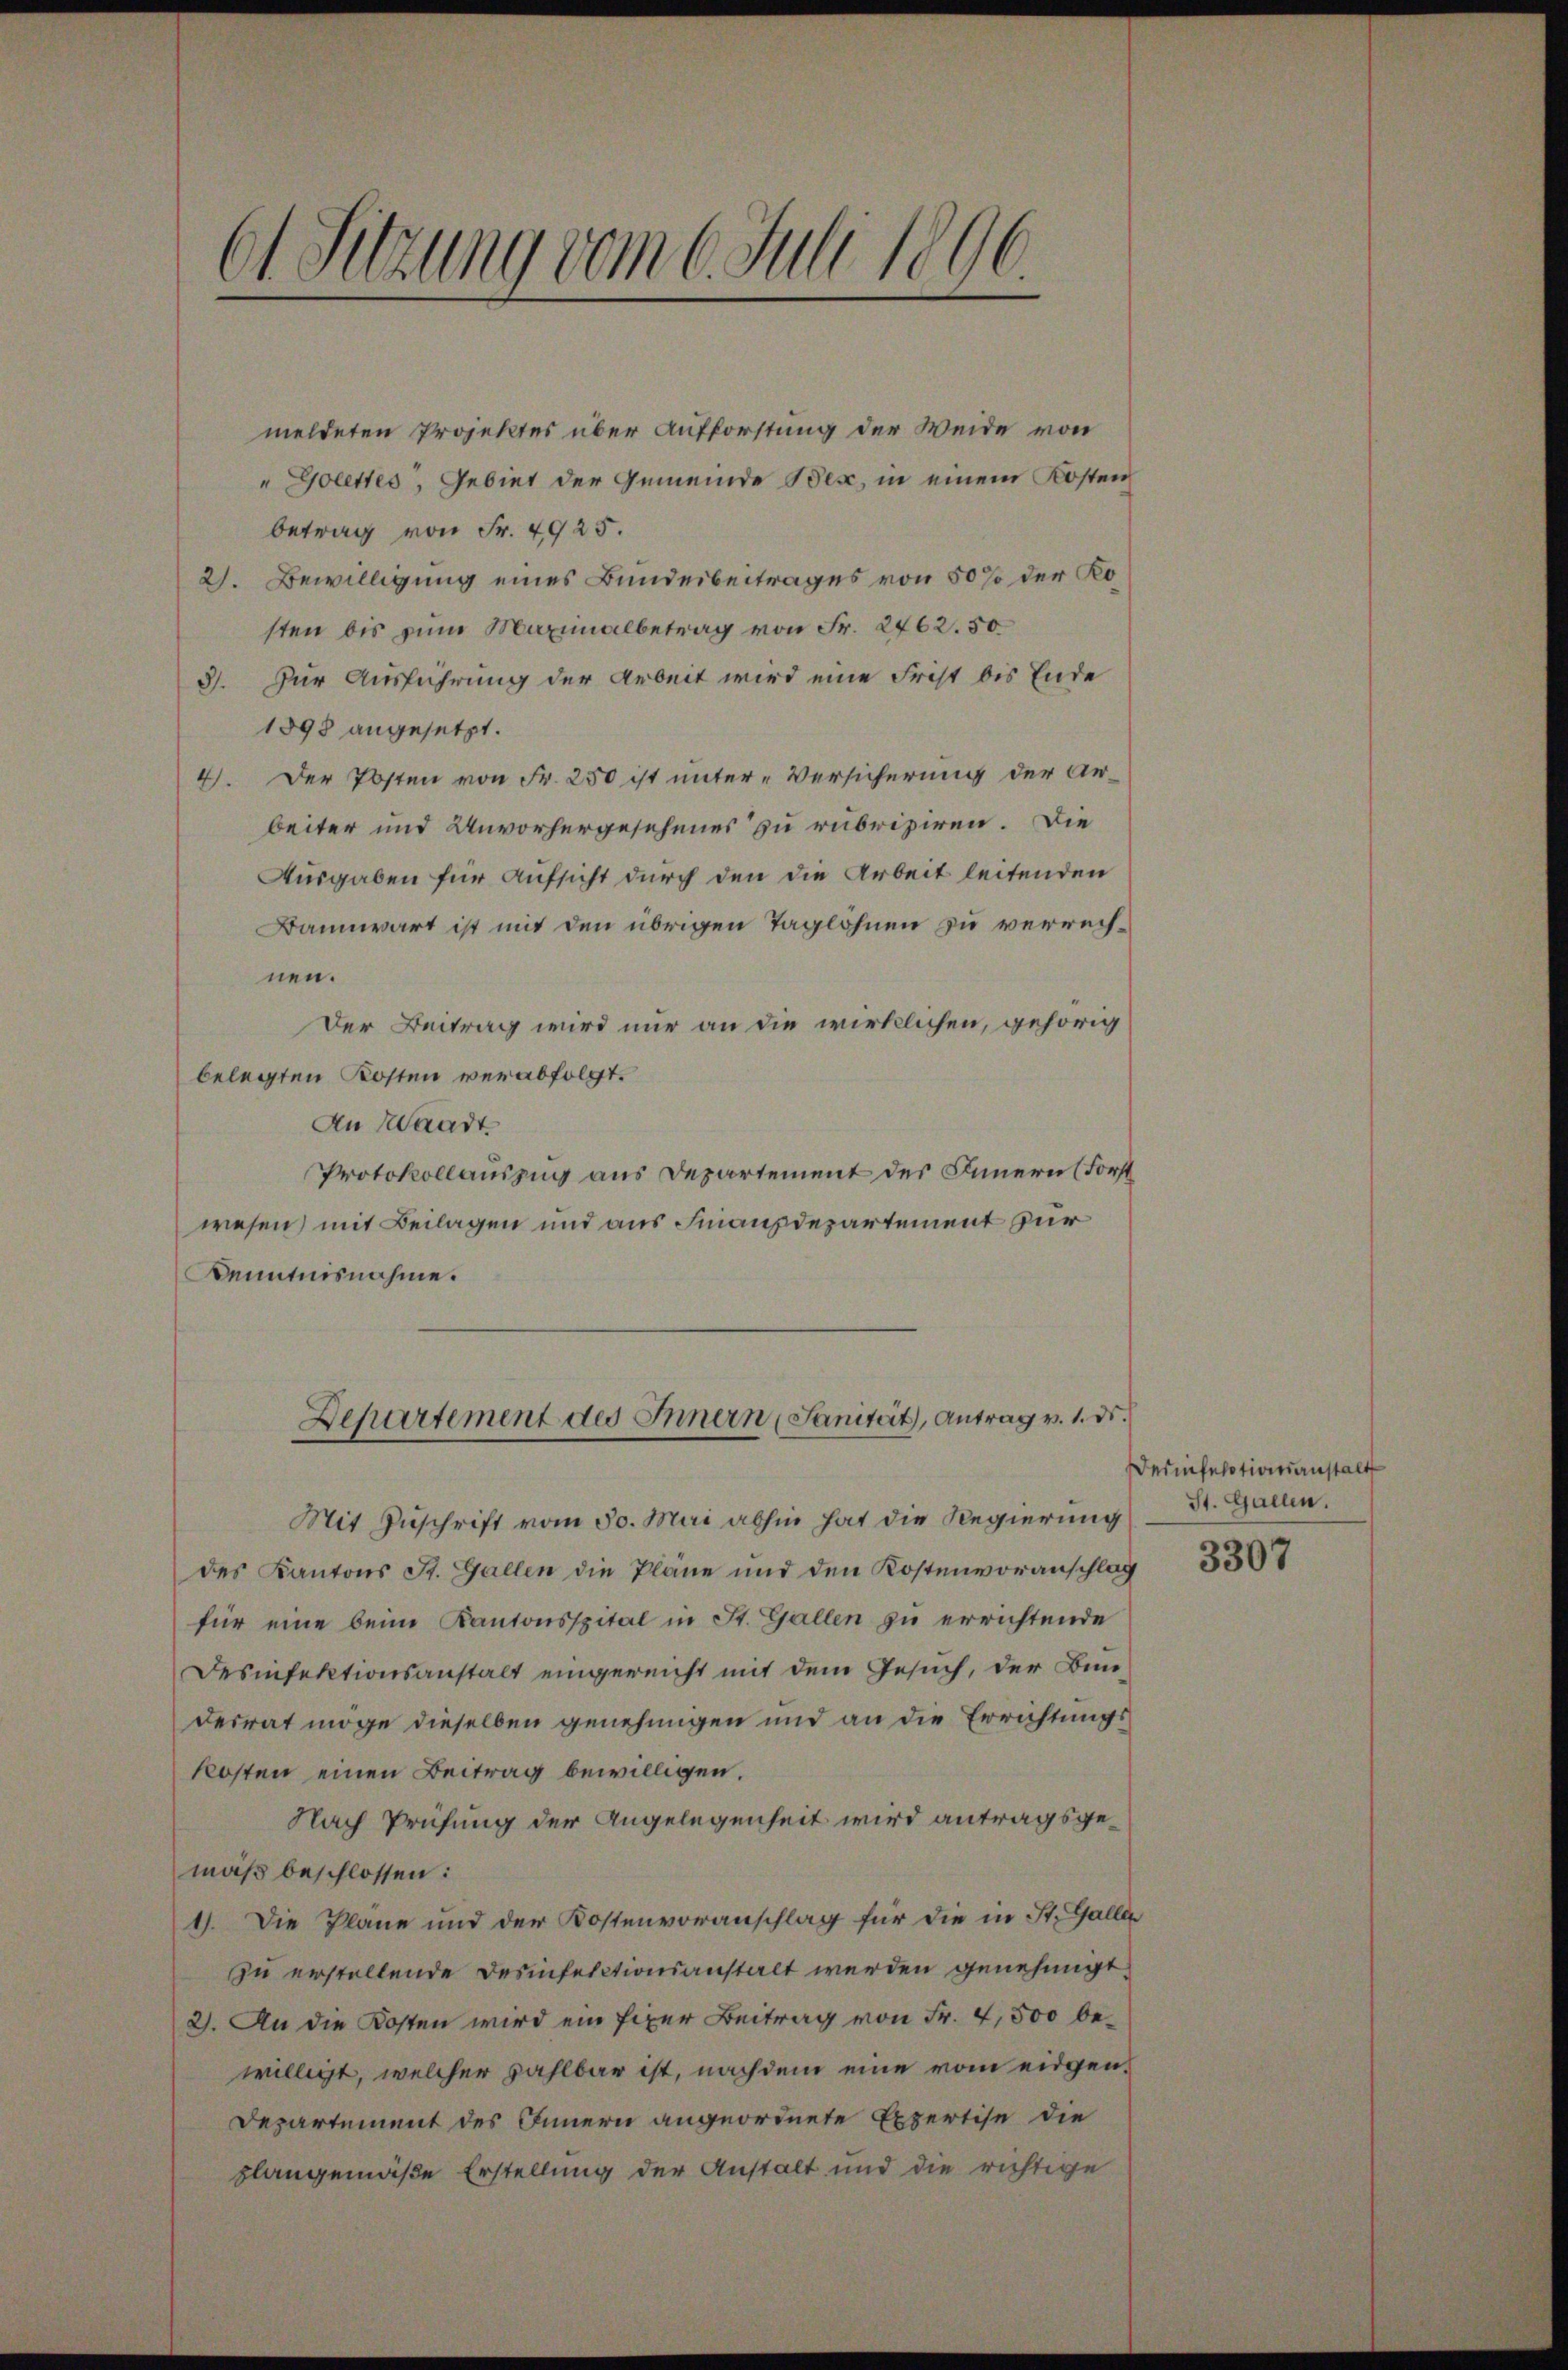
61 Sitzung vom 6. Juli 1896

meldeten Projektes über Aufforstung der Weide von
"Golettes, Gebiet der Gemeinde Bese, in einem Kosten
betrag von Fr. 4925.
21. Bewilligung eines Bundesbeitrages von 50 % der Kosten bis zum Maximalbetrag von Fr. 2462. 50
3). Zur Ausführung der Arbeit wird eine Frist bis Ende
1898 angesetzt.
4). Der Posten von Fr. 250 ist unter-Versicherung der Ar-
beiter und Unvorhergesehenes zu rubriziren. Die
Ausgaben für Aufsicht durch den die Arbeit leitenden
Bannwart ist mit den übrigen Taglöhnen zu verrechnen.
Der Beitrag wird nur an die wirklichen, gehörig
belegten Kosten verabfolgt.
An Waadt
Protokollauszug aus Departement des Innern (Forst
wesen, mit Beilagen und aus Finanzdepartement zur
Kenntnisnahme.
Departement des Innern Sanität, Antrag v. 1. ds.
Mit Zuschrift vom 30. Mai abhin hat die Regierung
des Kantons St. Gallen die Pläne und den Kostenvoranschlag
für eine beim Kantonsspital in St. Gallen zu errichtende
Desinfektionsanstalt eingereicht mit dem Gesuch, der Bunderrat möge dieselben genehmigen und an die Errichtungskosten einen Beitrag bewilligen.
Nach Prüfung der Angelegenheit wird antragsgemäß beschlossen:
1). Die Pläne und der Kostenvoranschlag für die in St. Gallen
zu erstellende Desinfelctionsanstalt werden genehmigt.
2). An die Kosten wird ein fixer Beitrag von Fr. 4,500 bewilligt, welcher zahlbar ist, nachdem eine vom eidgen¬
Departement des Innern angeordnete Expertise die
plangemäße Erstellung der Anstalt und die richtige

Derinfelationsanstalt
St. Gallen.

3307